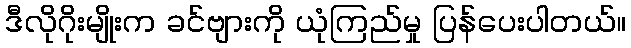
ဒီလိုဂိုးမျိုးက ခင်ဗျားကို ယုံကြည်မှု ပြန်ပေးပါတယ်။